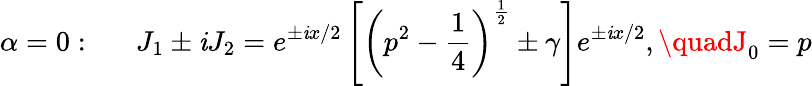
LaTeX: \alpha=0:\quad\, \, \, J_{1}\pm\mathit{i}J_{2}=e^{\pm\mathit{i}x/2}\left[\left(p^{2}-\frac{1}{4}\right)^{\frac{1}{2}}\pm\gamma\right]e^{\pm\mathit{i}x/2},\quadJ_{0}=p